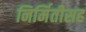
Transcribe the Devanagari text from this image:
निर्मितीसह